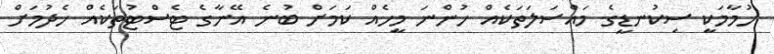
ހުމާމަކީ ސިކުނޑީގެ މައްސަލަތަކެއް ހުންނަ މީހެއް ކަމަށް ބުނެ އޭނާގެ ޓެސްޓުތަކެއް ހެދުމަށް